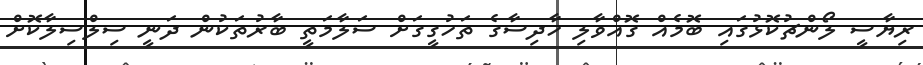
ރިޔާސީ ލޯންޗުކޮޅުގައި ބޮމެއް ގޮއްވާލި ހާދިސާގެ ތަހުގީގަަށް ސަލާމަތީ ބާރުތަކުން ދަނީ ސިލްސިލާކޮށް